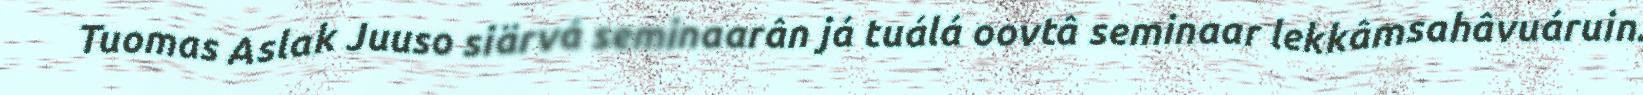
Tuomas Aslak Juuso siärvá seminaarân já tuálá oovtâ seminaar lekkâmsahâvuáruin.